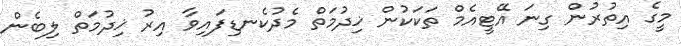
މީގެ އިތުރުން ގިނަ އޭޓީއެމް ތަކަކުން ޚިދުމަތް މެދުކެނޑިފައިވާ އިރު ޚިދުމަތް ލިބެން